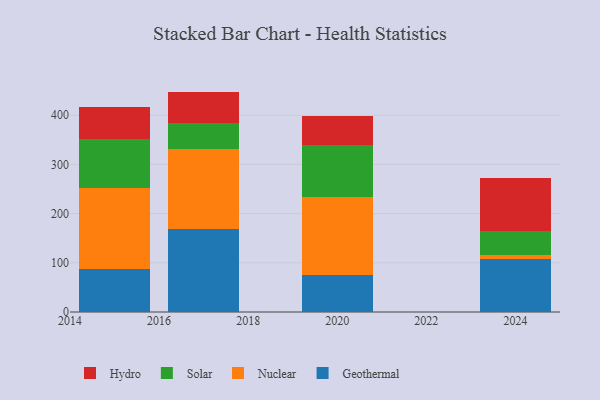
{"axis": {"x": "Year", "y": "Backlog"}, "legend": ["Geothermal", "Hydro", "Nuclear", "Solar"], "data": [{"x": "2020", "y": 74.8, "type": "Geothermal"}, {"x": "2020", "y": 158.1, "type": "Nuclear"}, {"x": "2020", "y": 106.9, "type": "Solar"}, {"x": "2020", "y": 59.1, "type": "Hydro"}, {"x": "2024", "y": 107.7, "type": "Geothermal"}, {"x": "2024", "y": 8.6, "type": "Nuclear"}, {"x": "2024", "y": 48.3, "type": "Solar"}, {"x": "2024", "y": 107.7, "type": "Hydro"}, {"x": "2015", "y": 87.2, "type": "Geothermal"}, {"x": "2015", "y": 164.9, "type": "Nuclear"}, {"x": "2015", "y": 99.4, "type": "Solar"}, {"x": "2015", "y": 64.9, "type": "Hydro"}, {"x": "2017", "y": 169.1, "type": "Geothermal"}, {"x": "2017", "y": 162.8, "type": "Nuclear"}, {"x": "2017", "y": 51.7, "type": "Solar"}, {"x": "2017", "y": 64.5, "type": "Hydro"}]}